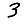
Digit: 3